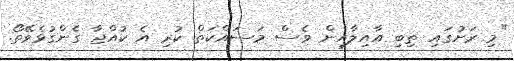
"މި ރަށުގައި ތިބި އާއިލާއިން ވެސް މަސައްކަތް ކުރި އެ ކުއްޖާ ގެންގުޅެވޭތޯ.